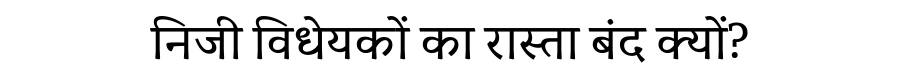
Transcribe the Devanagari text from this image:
निजी विधेयकों का रास्ता बंद क्यों?